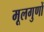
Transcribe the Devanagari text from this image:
मूलगुणों